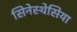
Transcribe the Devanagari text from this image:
सिनेस्थेसिया